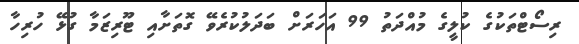
ރިސޯޓްތަކުގެ ކުލީގެ މުއްދަތު 99 އަހަރަށް ބަދަލުކުރެވޭ ގޮތަށާއި ޓޫރިޒަމާ ގުޅޭ ހުރިހާ